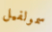
سمولفيل